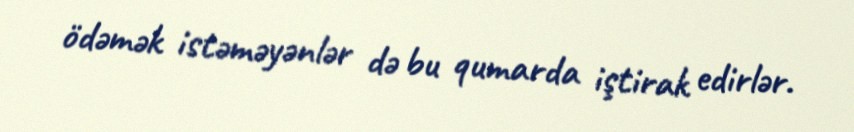
ödəmək istəməyənlər də bu qumarda iştirak edirlər.